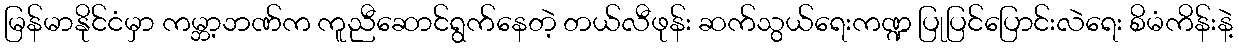
မြန်မာနိုင်ငံမှာ ကမ္ဘာ့ဘဏ်က ကူညီဆောင်ရွက်နေတဲ့ တယ်လီဖုန်း ဆက်သွယ်ရေးကဏ္ဍ ပြုပြင်ပြောင်းလဲရေး စိမံကိန်းနဲ့